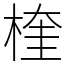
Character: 楏